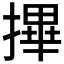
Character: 𢳂